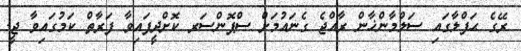
ރޭގެ ޙަފްލާގައި ސަލްމާންޚާން ރާއްޖެ ގެނައުމަށް ސްޕޮންސަރ ކޮށްދީފައިވާ ފަރާތް ކަމުގައިވާ ޖީ.